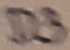
Text: D3